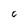
Character: C